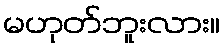
မဟုတ်ဘူးလား။